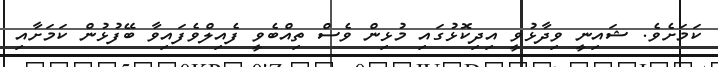
ކަމަށެވެ. ޝައިނީ ވިދާޅުވީ އިދިކޮޅުގައި މުޅިން ވެސް ތިއްބެވީ ފެއިލްވެފައިވާ ބޭފުޅުން ކަމަށާއި